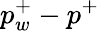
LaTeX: p_{w}^{+}-p^{+}